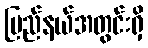
ပြည်နယ်အတွင်းရှိ